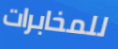
للمخابرات